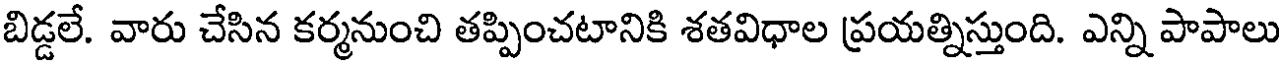
బిడ్డలే. వారు చేసిన కర్మనుంచి తప్పించటానికి శతవిధాల ప్రయత్నిస్తుంది. ఎన్ని పాపాలు